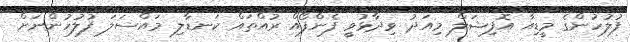
ފުލުހުންގެ މީޑިއާ އޮފިޝަލް މިއަދު ވިދާޅުވީ ފެންފޯއް ރުއްތައް ކަނޑާލި މައްސަލަ ފުލުހުންނަށް